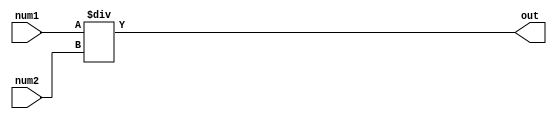
// multiplier design 

module multi (num1,
			  num2,
			  out
			 );
// port definition
	input	[3:0]	num1;
	input	[3:0]	num2;
	output	[7:0]	out;
// Data types
	wire	[3:0]	num1;
	wire	[3:0]	num2;
	wire	[7:0]	out;
	assign out = num1 / num2;
	
endmodule